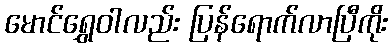
မောင်ရွှေဝါလည်း ပြန်ရောက်လာပြီကိုး